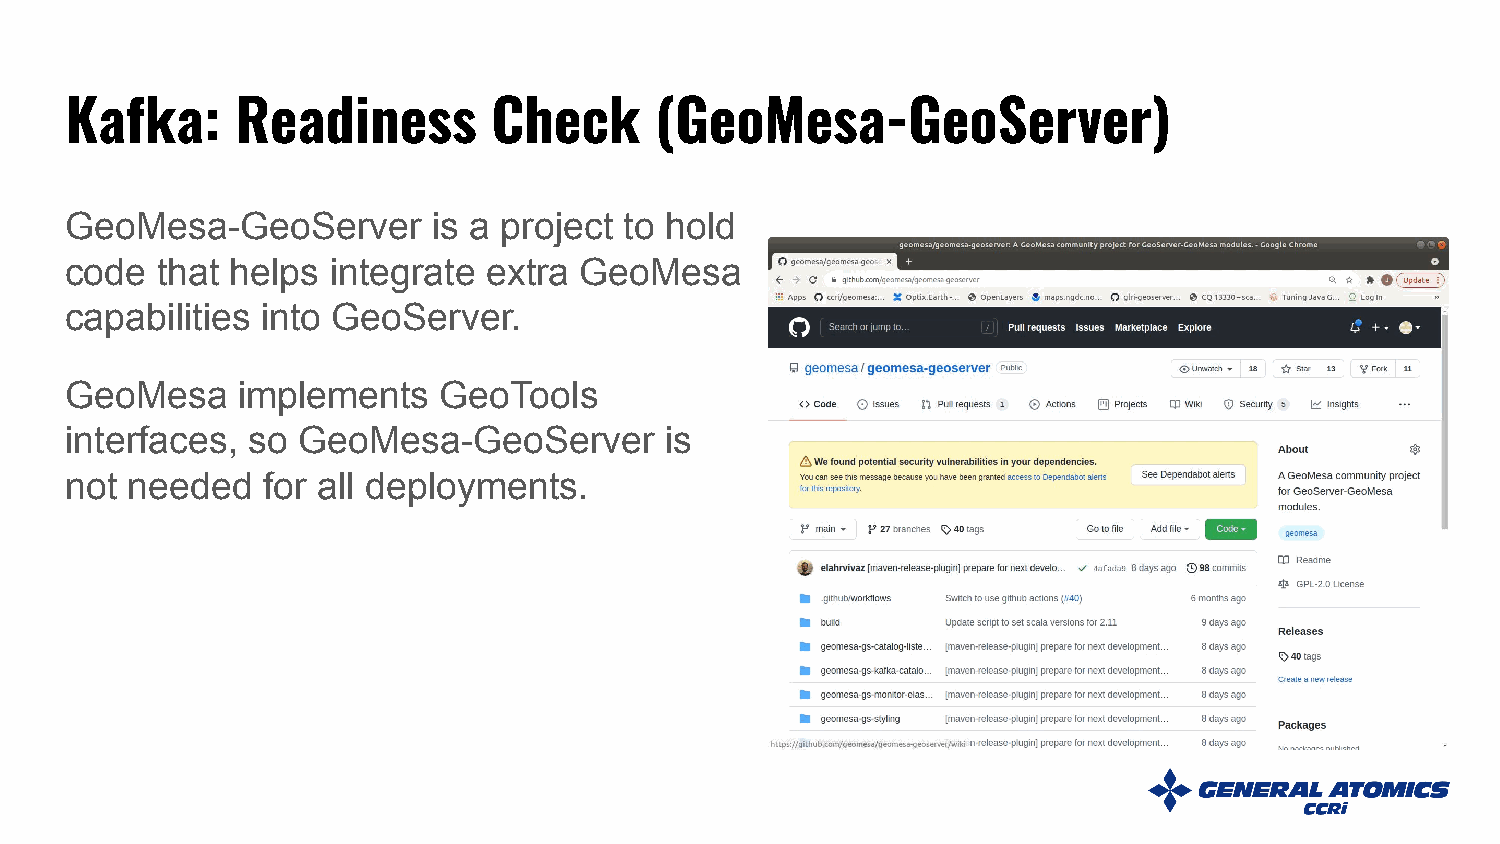
Kafka:      Readiness        Check     (GeoMesa-GeoServer)
 GeoMesa-GeoServer        is a project to hold
 code  that helps  integrate extra GeoMesa
 capabilities into GeoServer.
 GeoMesa     implements   GeoTools
 interfaces, so  GeoMesa-GeoServer       is
 not needed   for all deployments.